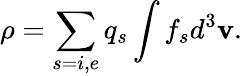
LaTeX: \rho=\sum_{s=i,e}q_{s}\int f_{s}d^{3}\mathbf{v}.